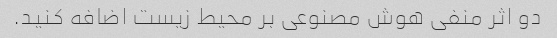
دو اثر منفی هوش مصنوعی بر محیط زیست اضافه کنید.